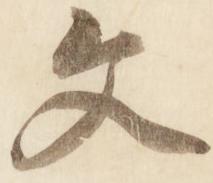
文